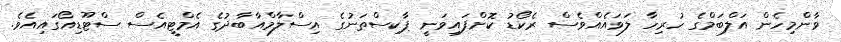
ވާންމިހެން އަލްބަމްގެ ހުރިހާ ލަވައެއްވެސް ރެކޯޑު ކޮށްފައިވަނީ ޕާކިސްތަނުގެ އިސްލާމްއާބާދުގެ އެމްޓީއެސް ސްޓޫޑިއޯގައިއެވެ.